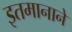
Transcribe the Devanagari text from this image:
इतमानाने